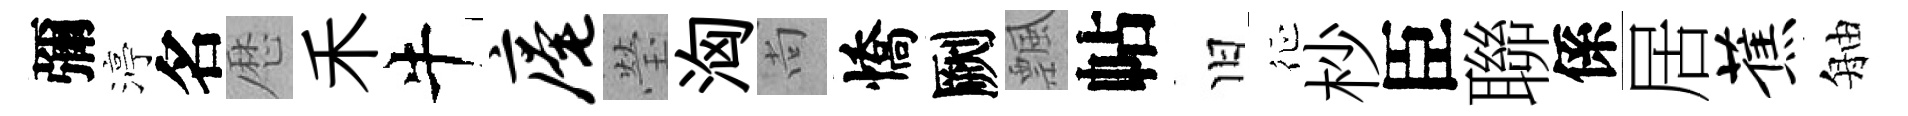
彌渟名厯禾牛庵瑩洶尚憍劂飄帖旧征杪臣聯係居蕉舳